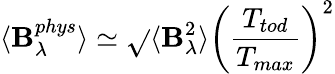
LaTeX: \langle\mathbf{B}_{\lambda}^{phys}\rangle\simeq\sqrt{}{{\langle\mathbf{B}_{\lambda}^{2}\rangle}}\left(\frac{{T_{tod}}}{{T_{max}}}\right)^{2}